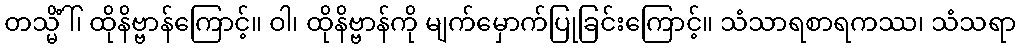
တသ္မိံါ်၊ ထိုနိဗ္ဗာန်ကြောင့်။ ဝါ၊ ထိုနိဗ္ဗာန်ကို မျက်မှောက်ပြုခြင်းကြောင့်။ သံသာရစာရကဿ၊ သံသရာ